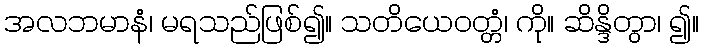
အလဘမာနံ၊ မရသည်ဖြစ်၍။ သတိယေဝတ္တံ၊ ကို။ ဆိန္ဒိတွာ၊ ၍။